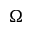
\boldsymbol { \Omega }